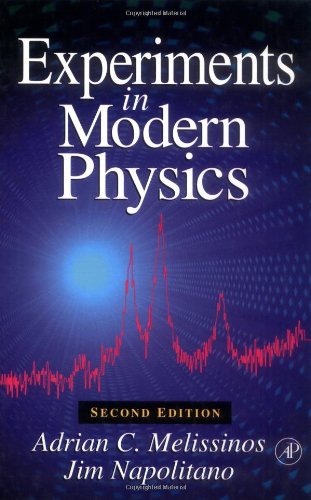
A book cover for Experiments in Modern Physics, Second Edition; Adrian C. Melissinos; Science & Math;